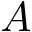
A